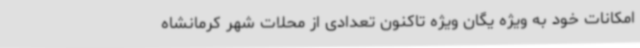
امکانات خود به ویژه یگان ویژه تاکنون تعدادی از محلات شهر کرمانشاه